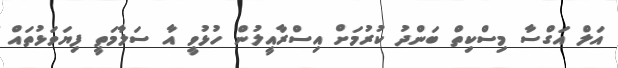
އަލް އަގްސާ މިސްކިތް ބަންދު ކުރުމަށް އިސްރާއީލުން ހުޅުވީ އާ ސަލާމަތީ ފިޔަވަޅުތައް